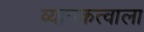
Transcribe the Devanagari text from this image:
व्यापकत्वाला